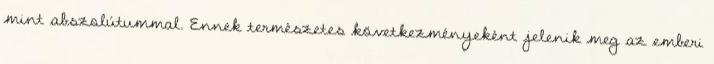
mint abszolútummal. Ennek természetes következményeként jelenik meg az emberi